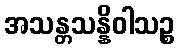
အသန္တသန္နိဝါသဉ္စ